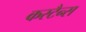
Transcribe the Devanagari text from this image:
कस्टैन्स